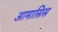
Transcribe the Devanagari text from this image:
आमासिस